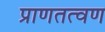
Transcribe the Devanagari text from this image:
प्राणतत्वण